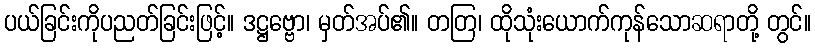
ပယ်ခြင်းကိုပညတ်ခြင်းဖြင့်။ ဒဋ္ဌဗ္ဗော၊ မှတ်အပ်၏။ တတြ၊ ထိုသုံးယောက်ကုန်သောဆရာတို့ တွင်။